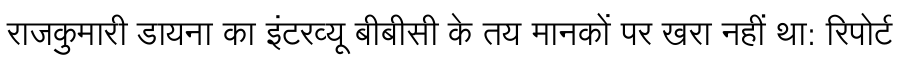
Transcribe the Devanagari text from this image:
राजकुमारी डायना का इंटरव्यू बीबीसी के तय मानकों पर खरा नहीं था: रिपोर्ट